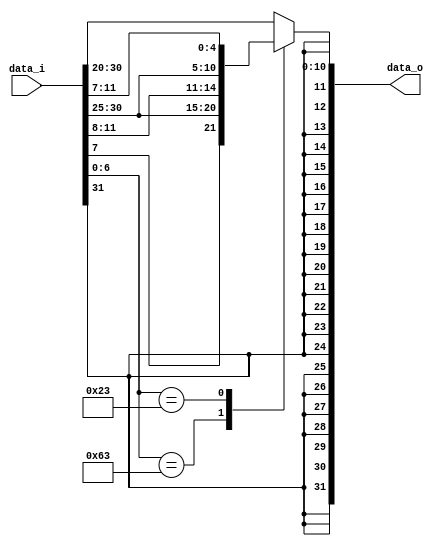
module Imm_gen(
    data_i,
    data_o
);
//read opcode
    input [31:0] data_i;
    output reg [31:0] data_o;




    always @(*) begin
        case(data_i[6:0])
            7'b1100011:
                 data_o = ($signed({data_i[31], data_i[7], data_i[30:25], data_i[11:8]}));
            7'b0100011:
                 data_o = ($signed({data_i[31:25], data_i[11:7]}));
            default:
                 data_o =  $signed(data_i[31:20]);
        endcase
    end



endmodule